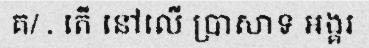
គ/ . តើ នៅលើ ប្រាសាទ អង្គរ